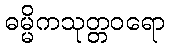
ဓမ္မိကသုတ္တဝရော